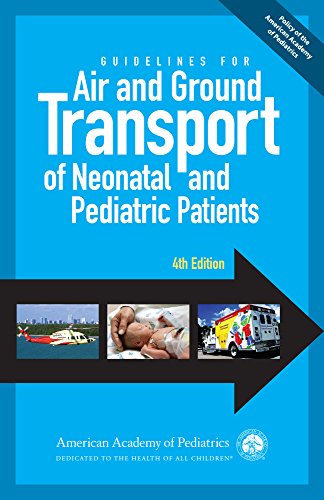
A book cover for Guidelines for Air and Ground Transport of Neonatal and Pediatric Patients, 4th Edition; AAP Section on Transport Medicine; Medical Books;